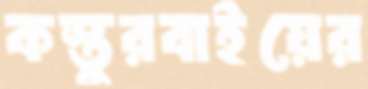
কস্তুরবাইয়ের